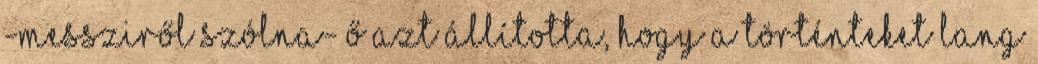
-messziről szólna- Ő azt állította, hogy a történteket Lang